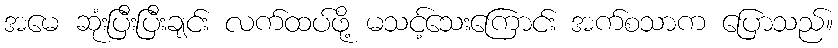
အမေ ဆုံးပြီးပြီးချင်း လက်ထပ်ဖို့ မသင့်သေးကြောင်း အက်စသာက ပြောသည်။